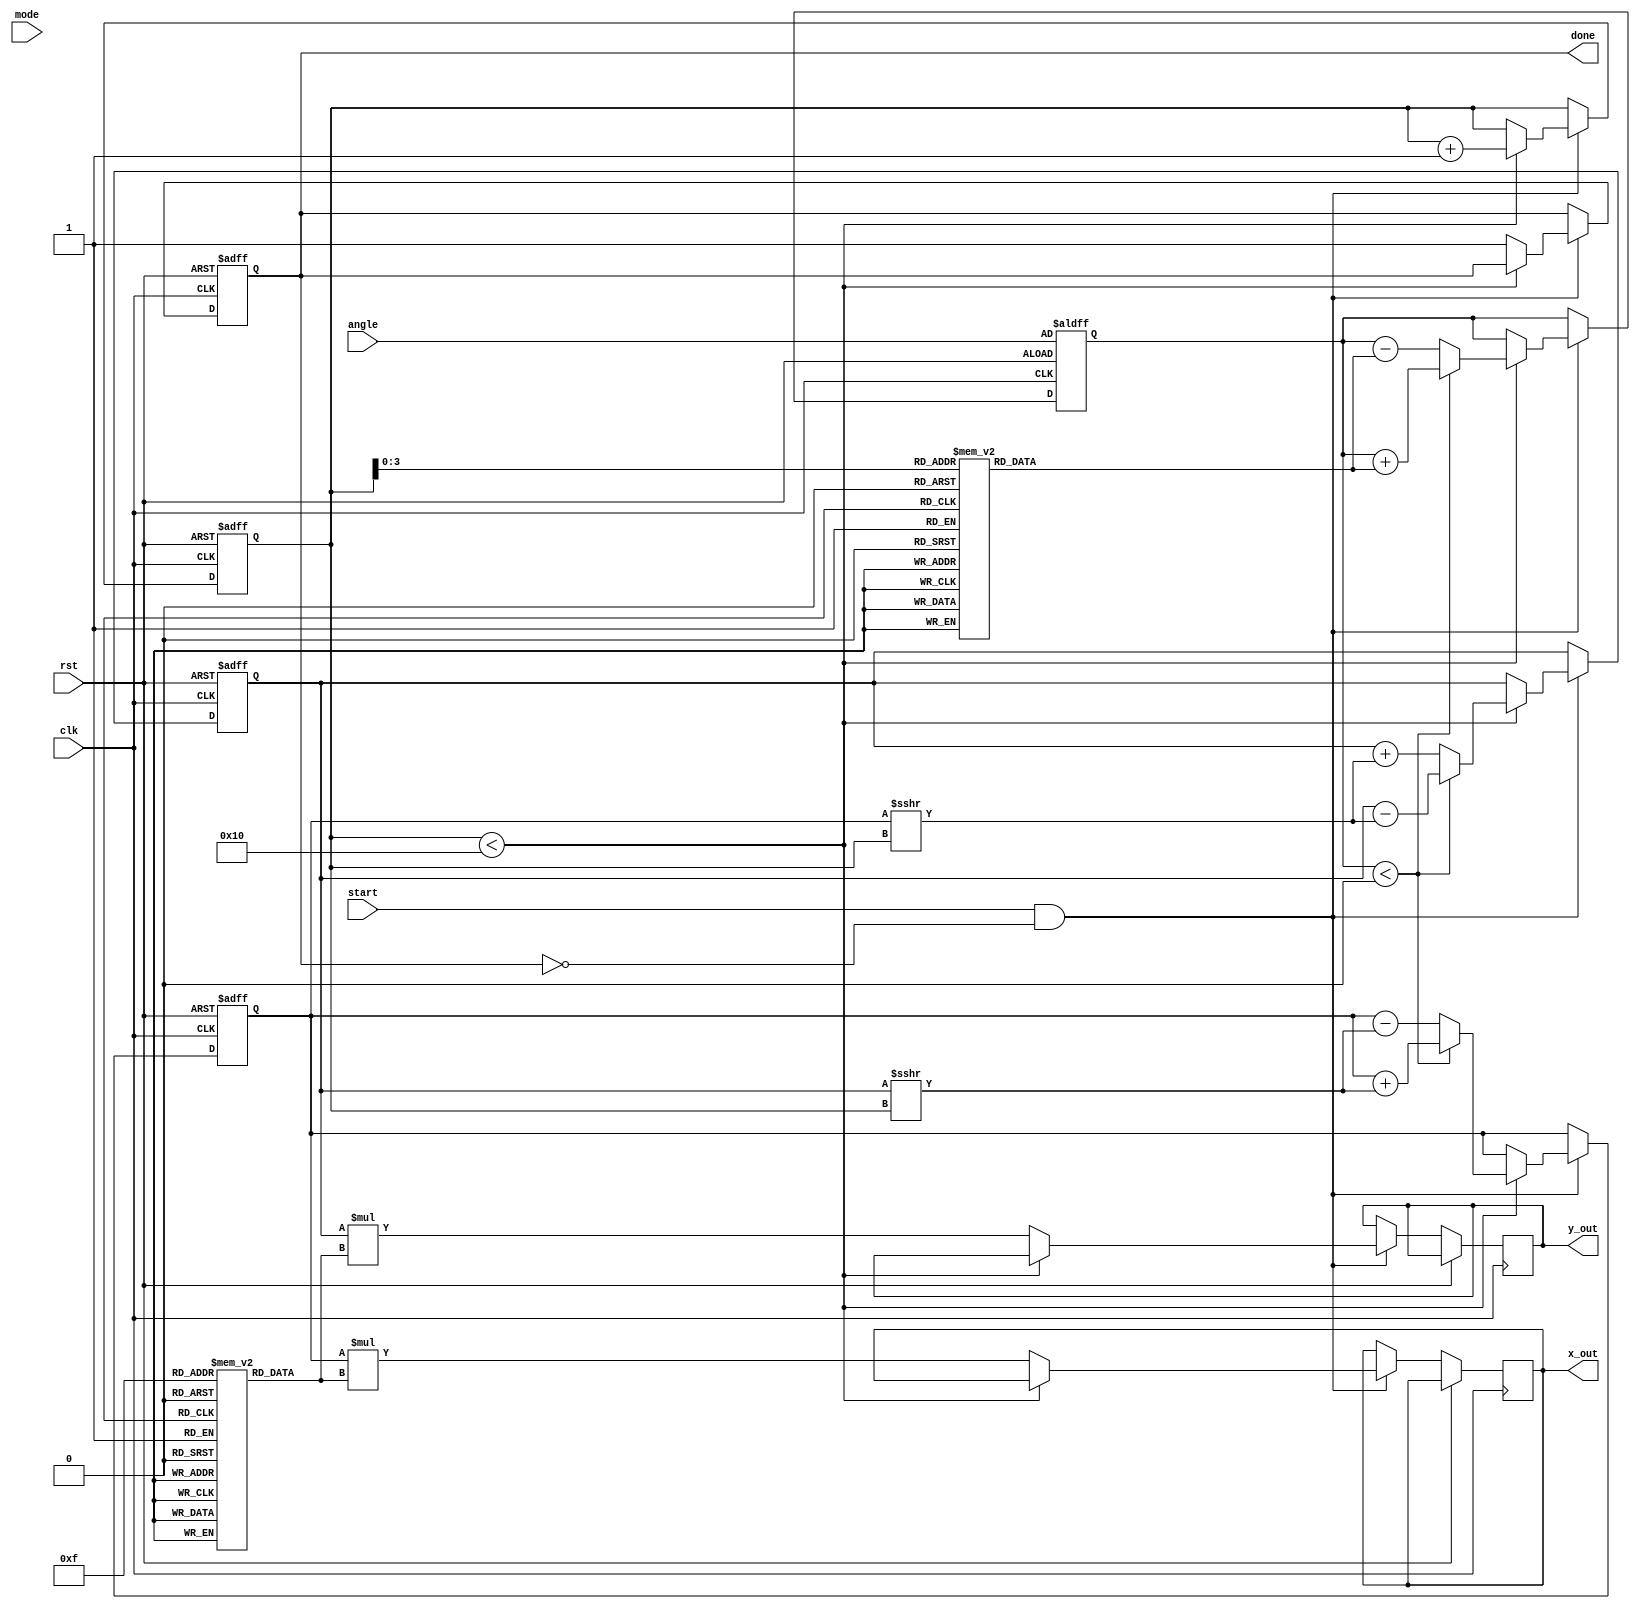
module cordic #(
    parameter N = 16, // Number of iterations
    parameter FIXED_POINT_WIDTH = 16 // Fixed-point representation width
)(
    input wire clk,
    input wire rst,
    input wire start,
    input wire mode, // 0 for rotation, 1 for vectoring
    input wire [FIXED_POINT_WIDTH-1:0] angle, // Input angle in fixed-point
    output reg [FIXED_POINT_WIDTH-1:0] x_out,
    output reg [FIXED_POINT_WIDTH-1:0] y_out,
    output reg done
);

    reg [FIXED_POINT_WIDTH-1:0] x, y, z;
    reg [4:0] iter; // Iteration counter
    reg [FIXED_POINT_WIDTH-1:0] angle_table [0:N-1]; // Angle table
    reg [FIXED_POINT_WIDTH-1:0] scale_table [0:N-1]; // Scaling factor table

    // Initialize Lookup Tables
    initial begin
        // Example values for angle_table (arctan(2^-i)) and scale_table
        angle_table[0] = 16'h3243; // atan(2^0)
        angle_table[1] = 16'h1DAC; // atan(2^-1)
        angle_table[2] = 16'h1B71; // atan(2^-2)
        angle_table[3] = 16'h1B1E; // atan(2^-3)
        // ... continue initializing for all N iterations
        
        scale_table[0] = 16'h26B3; // Scaling factor for iteration 0
        scale_table[1] = 16'h1D7A; // Scaling factor for iteration 1
        scale_table[2] = 16'h1A3D; // Scaling factor for iteration 2
        scale_table[3] = 16'h16C2; // Scaling factor for iteration 3
        // ... continue initializing for all N iterations
    end

    always @(posedge clk or posedge rst) begin
        if (rst) begin
            x <= 16'h10000; // Initial x = 1.0 (fixed-point)
            y <= 16'h0;     // Initial y = 0.0 (fixed-point)
            z <= angle;    // Load input angle
            iter <= 0;     // Reset iteration counter
            done <= 0;     // Clear done flag
        end else if (start && !done) begin
            if (iter < N) begin
                // CORDIC iteration
                if (z < 0) begin
                    // Counter-clockwise rotation
                    x <= x + (y >>> iter);
                    y <= y - (x >>> iter);
                    z <= z + angle_table[iter];
                end else begin
                    // Clockwise rotation
                    x <= x - (y >>> iter);
                    y <= y + (x >>> iter);
                    z <= z - angle_table[iter];
                end
                iter <= iter + 1;
            end else begin
                // Final output
                x_out <= x * scale_table[N-1]; // Scale the output
                y_out <= y * scale_table[N-1]; // Scale the output
                done <= 1; // Set done flag
            end
        end
    end
endmodule